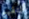
لتقييم